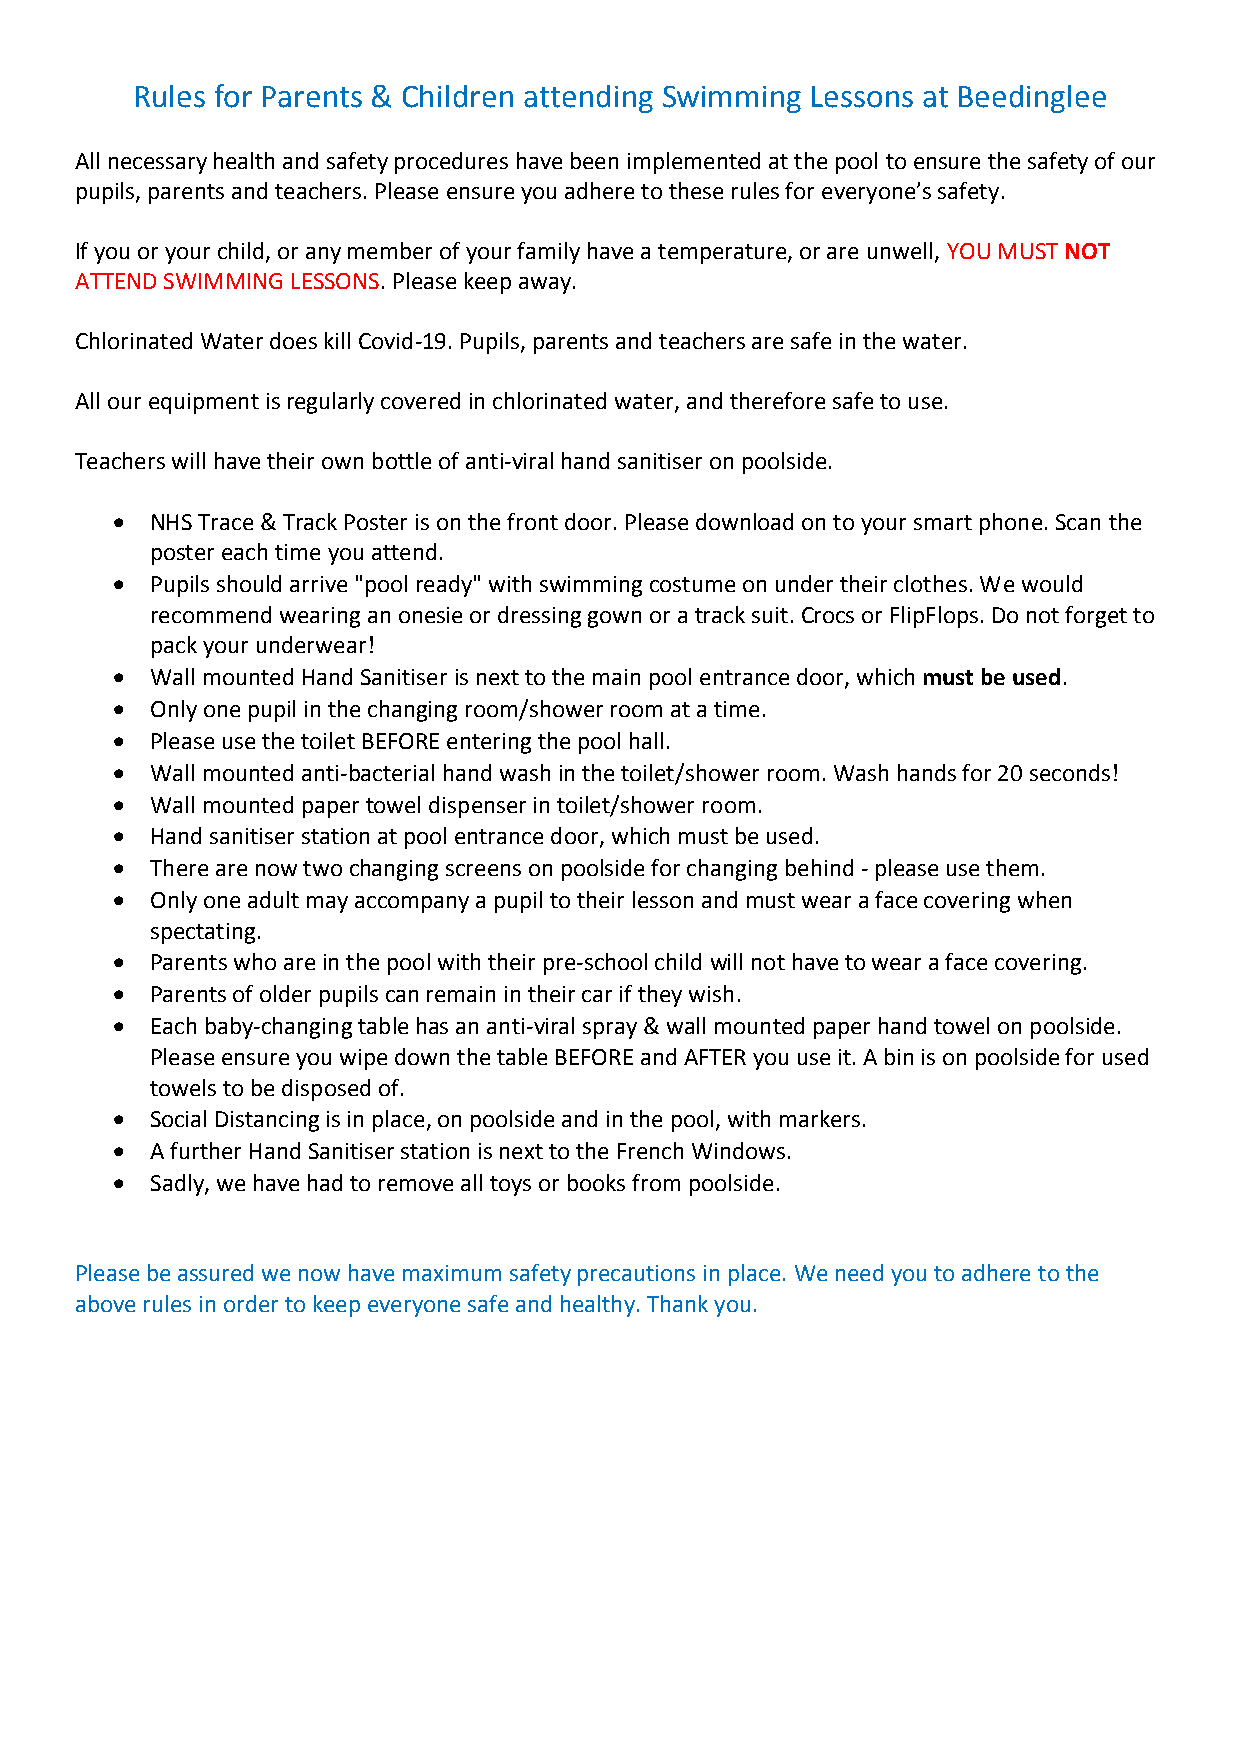
Rules for Parents & Children attending Swimming Lessons at Beedinglee
 All necessary health and safety procedures have been implemented at the pool to ensure the safety of our
 pupils, parents and teachers. Please ensure you adhere to these rules for everyone’s safety.
 If you or your child, or any member of your family have a temperature, or are unwell, YOU MUST NOT
 ATTEND SWIMMING LESSONS. Please keep away.
 Chlorinated Water does kill Covid-19. Pupils, parents and teachers are safe in the water.
 All our equipment is regularly covered in chlorinated water, and therefore safe to use.
 Teachers will have their own bottle of anti-viral hand sanitiser on poolside.
   NHS Trace & Track Poster is on the front door. Please download on to your smart phone. Scan the
 poster each time you attend.
   Pupils should arrive "pool ready" with swimming costume on under their clothes. We would
 recommend wearing an onesie or dressing gown or a track suit. Crocs or FlipFlops. Do not forget to
 pack your underwear!
   Wall mounted Hand Sanitiser is next to the main pool entrance door, which must be used.
   Only one pupil in the changing room/shower room at a time.
   Please use the toilet BEFORE entering the pool hall.
   Wall mounted anti-bacterial hand wash in the toilet/shower room. Wash hands for 20 seconds!
   Wall mounted paper towel dispenser in toilet/shower room.
   Hand sanitiser station at pool entrance door, which must be used.
   There are now two changing screens on poolside for changing behind - please use them.
   Only one adult may accompany a pupil to their lesson and must wear a face covering when
 spectating.
   Parents who are in the pool with their pre-school child will not have to wear a face covering.
   Parents of older pupils can remain in their car if they wish.
   Each baby-changing table has an anti-viral spray & wall mounted paper hand towel on poolside.
 Please ensure you wipe down the table BEFORE and AFTER you use it. A bin is on poolside for used
 towels to be disposed of.
   Social Distancing is in place, on poolside and in the pool, with markers.
   A further Hand Sanitiser station is next to the French Windows.
   Sadly, we have had to remove all toys or books from poolside.
 Please be assured we now have maximum safety precautions in place. We need you to adhere to the
 above rules in order to keep everyone safe and healthy. Thank you.